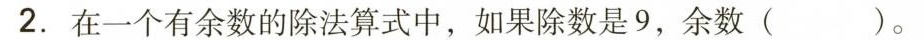
2.在一个有余数的除法算式中，如果除数是9，余数( )。